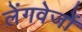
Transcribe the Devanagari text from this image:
लेंगवेजों